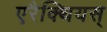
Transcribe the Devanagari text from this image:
एरैक्थियस्‌